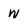
Character: W